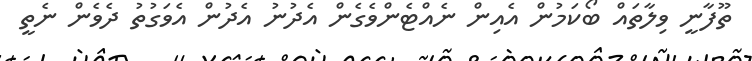
ތޫފާނީ ވިލާތައް ބޯކަމުން އެއިން ނެއްޓެންވެގެން އެދުނު އެދުން އެވަގުތު ދެވެން ނެތީ